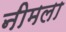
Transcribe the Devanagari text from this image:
नीमला